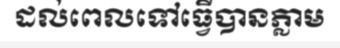
ដល់ពេលទៅធ្វើបានភ្លាម